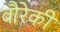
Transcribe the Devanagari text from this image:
वौरेकी